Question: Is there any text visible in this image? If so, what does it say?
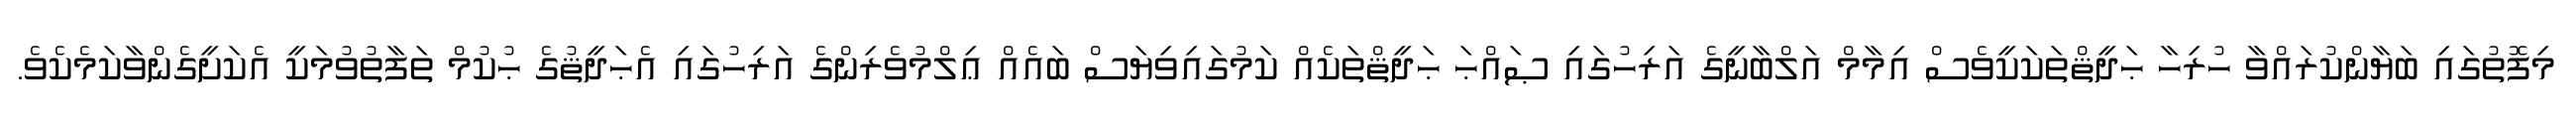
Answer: މިފޮތުގައި ބަޔާންކުރައްވާ ހުރިހާ ޙަދީޘްތަކަކީވެސް އިމާމް އަލްބާނީގެ އަރިހުގައި ޞައްޙަ ޙަދީޘްތަކެއް ކަމުގައިވިޔަސް ބައެއް ޢިލްމުވެރިންގެ އަރިހުގައި އެޙަދީޘުގެ ޙުކުމް ތަފާތުވުމަކީ އެކަށީގެންވާކަމެކެވެ.